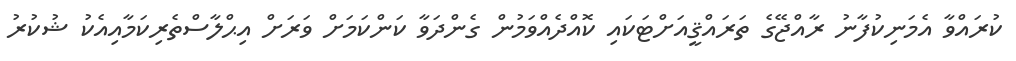
ކުރައްވާ އެމަނިކުފާނު ރާއްޖޭގެ ތަރައްޤީއަށްޓަކައި ކޮއްދެއްވަމުން ގެންދަވާ ކަންކަމަށް ވަރަށް އިޙްލާސްތެރިކަމާއިއެކު ޝުކުރު